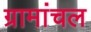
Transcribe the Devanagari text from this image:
ग्रामांचल